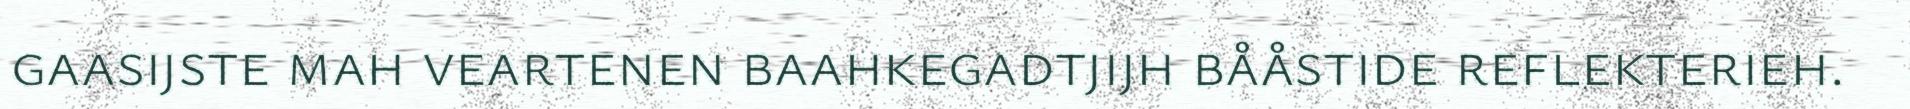
gaasijste mah veartenen baahkegadtjijh bååstide reflekterieh.